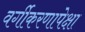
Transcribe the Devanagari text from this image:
वर्गीकरणापेक्षा